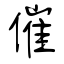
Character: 催